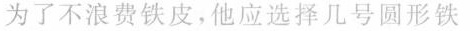
为了不浪费铁皮，他应选择几号圆形铁